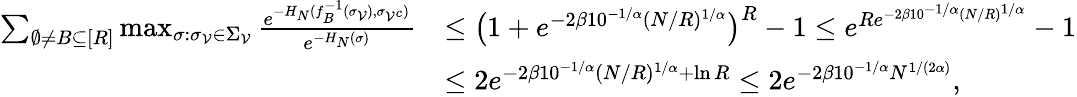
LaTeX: \begin{array}{rl}{\sum_{\emptyset\ne B\subseteq[R]}\operatorname*{max}_{\sigma:\sigma_{\mathcal{V}}\in\Sigma_{\mathcal{V}}}\frac{e^{-H_{N}(f_{B}^{-1}(\sigma_{\mathcal{V}}),\sigma_{{\mathcal{V}}^{c}})}}{e^{-H_{N}(\sigma)}}}&{\le\bigl(1+e^{-2\beta 10^{-1/\alpha}(N/R)^{1/\alpha}}\bigr)^{R}-1\le e^{Re^{-2\beta 10^{-1/\alpha}(N/R)^{1/\alpha}}}-1}\\ &{\le 2e^{-2\beta 10^{-1/\alpha}(N/R)^{1/\alpha}+\ln R}\le 2e^{-2\beta 10^{-1/\alpha}N^{1/(2\alpha)}},}\end{array}